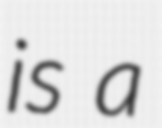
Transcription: is a